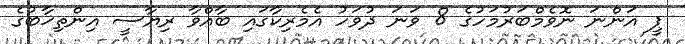
ޕީ އަންނަ ނޮވެމްބަރުމަހުގެ 8 ވަނަ ދުވަހު އެމެރިކާގައި ބާއްވާ ރިޔާސީ އިންތިޚާބުގެ